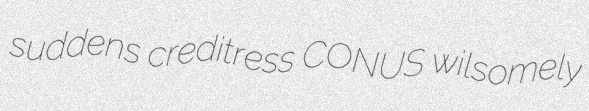
suddens creditress CONUS wilsomely